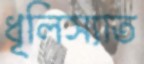
ধূলিস্যাত